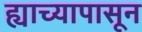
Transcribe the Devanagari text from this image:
ह्याच्यापासून